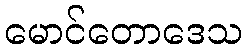
မောင်တောဒေသ